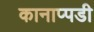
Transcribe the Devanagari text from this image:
कानाप्पडी